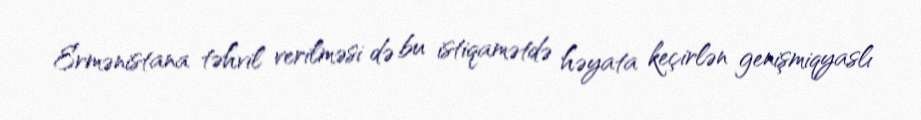
Ermənistana təhvil verilməsi də bu istiqamətdə həyata keçirlən genişmiqyaslı